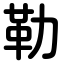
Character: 勒